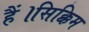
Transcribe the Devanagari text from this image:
हैं।सिक्किम